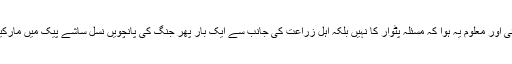
تھوڑی سی محنت ہوئی اور معلوم یہ ہوا کہ مسئلہ پٹوار کا نہیں بلکہ اہل زراعت کی جانب سے ایک بار پھر جنگ کی پانچویں نسل ساشے پیک میں مارکیٹ میں لائی گئی ہے۔